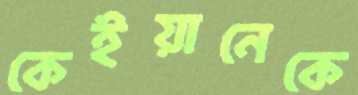
কেইয়ানেকে